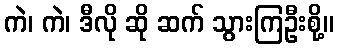
ကဲ၊ ကဲ၊ ဒီလို ဆို ဆက် သွားကြဦးစို့။